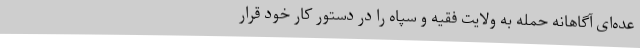
عده‌ای آگاهانه حمله به ولایت فقیه و سپاه را در دستور کار خود قرار